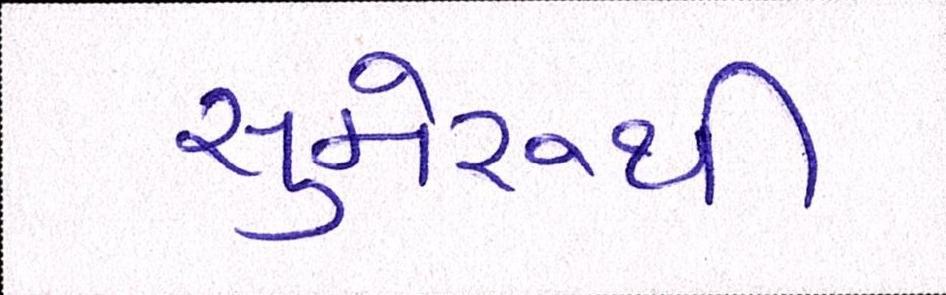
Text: સુમેરૂથી